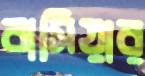
বাসিয়ার